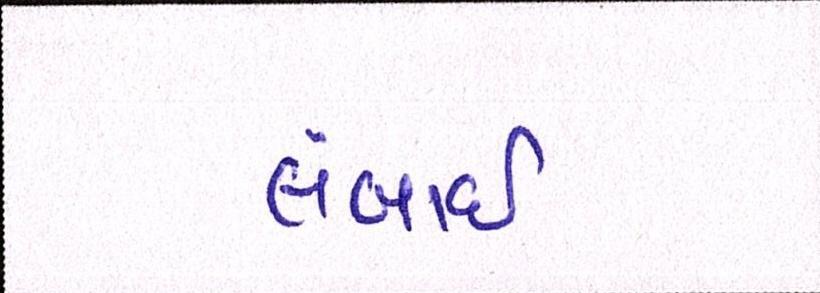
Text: લંબાઈ